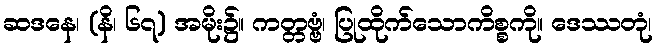
ဆဒနေ၊ (နိ၊ ၆၇) အမိုး၌။ ကတ္တဗ္ဗံ၊ ပြုထိုက်သောကိစ္စကို။ ဒေဿတုံ၊